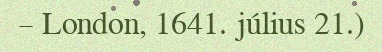
– London, 1641. július 21.)